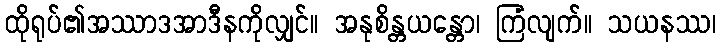
ထိုရုပ်၏အဿာဒအာဒီနကိုလျှင်။ အနုစိန္တယန္တော၊ ကြံလျက်။ သယနဿ၊